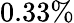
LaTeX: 0.33\%